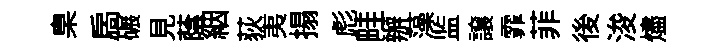
臬扄碾見蔭絪荻夷搨彪畦辦藻监譲霏菲後浚燼